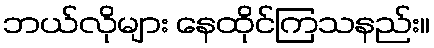
ဘယ်လိုများ နေထိုင်ကြသနည်း။